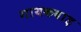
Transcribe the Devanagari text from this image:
गायकबाड़